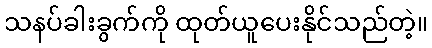
သနပ်ခါးခွက်ကို ထုတ်ယူပေးနိုင်သည်တဲ့။